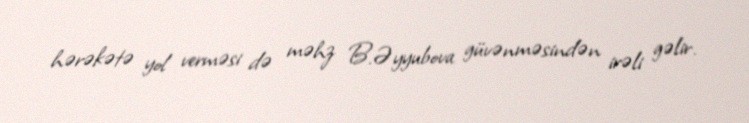
hərəkətə yol verməsi də məhz B.Əyyubova güvənməsindən irəli gəlir.